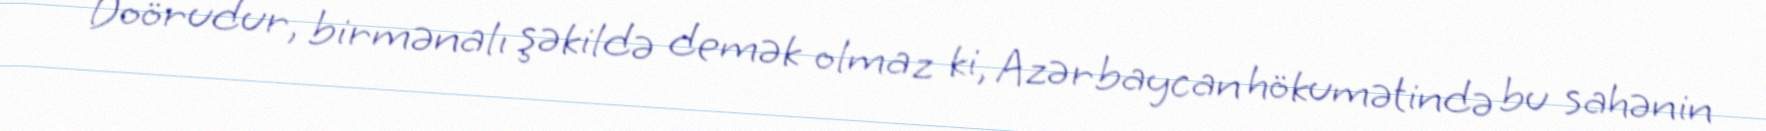
Doörudur, birmənalı şəkildə demək olmaz ki, Azərbaycan hökumətində bu sahənin